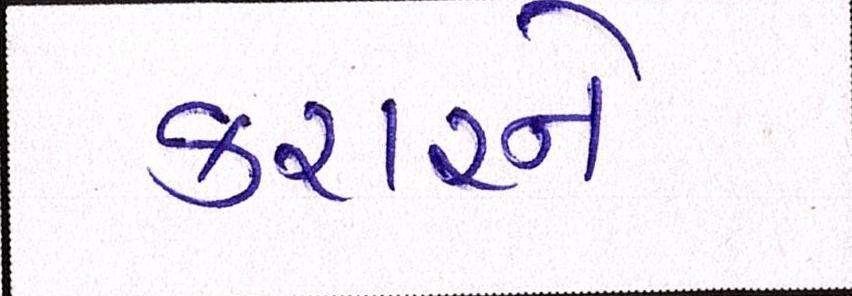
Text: કરારને